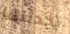
تحدثتما